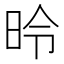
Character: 昤